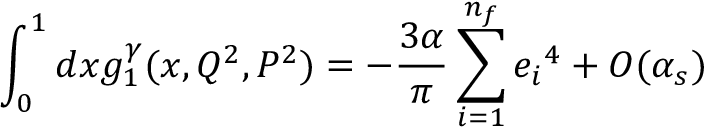
\int _ { 0 } ^ { 1 } d x g _ { 1 } ^ { \gamma } ( x , Q ^ { 2 } , P ^ { 2 } ) = - \frac { 3 \alpha } { \pi } \sum _ { i = 1 } ^ { n _ { f } } { e _ { i } } ^ { 4 } + { \cal O } ( \alpha _ { s } )